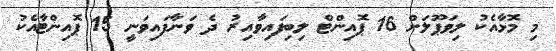
މި މޮޅާއެކު ލިވަޕޫލަށް 16 ޕޮއިންޓް ލިބިފައިވާއިރު ދެ ވަނާފައިވަނީ 15 ޕޮއިންޓާއެކު